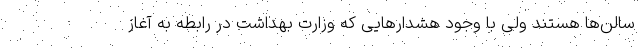
سالن‌ها هستند ولی با وجود هشدارهایی که وزارت بهداشت در رابطه به آغاز